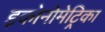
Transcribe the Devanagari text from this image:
इकोनोमेट्रिका